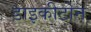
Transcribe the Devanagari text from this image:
डाइकीटोन